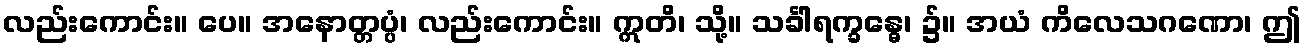
လည်းကောင်း။ ပေ။ အနောတ္တပ္ပံ၊ လည်းကောင်း။ ဣတိ၊ သို့။ သင်္ခါရက္ခန္ဓေ၊ ၌။ အယံ ကိလေသဂဏော၊ ဤ